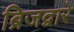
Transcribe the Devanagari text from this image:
ब्रिजद्वारे